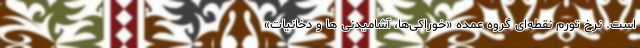
است. نرخ تورم نقطه‌ای گروه عمده «خوراکی‌ها، آشامیدنی ها و دخانیات»